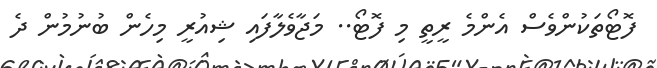
ފޮޓޯތަކުންވެސް އެންމެ ރީތީ މި ފޮޓޯ.. މަޖާވެލާފައި ޝިއުރީ މިހެން ބުނުމުން ދެ